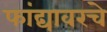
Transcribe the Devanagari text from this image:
फांद्यावरचे